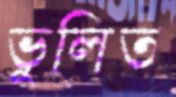
ভুলিত